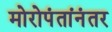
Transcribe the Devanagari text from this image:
मोरोपंतांनंतर